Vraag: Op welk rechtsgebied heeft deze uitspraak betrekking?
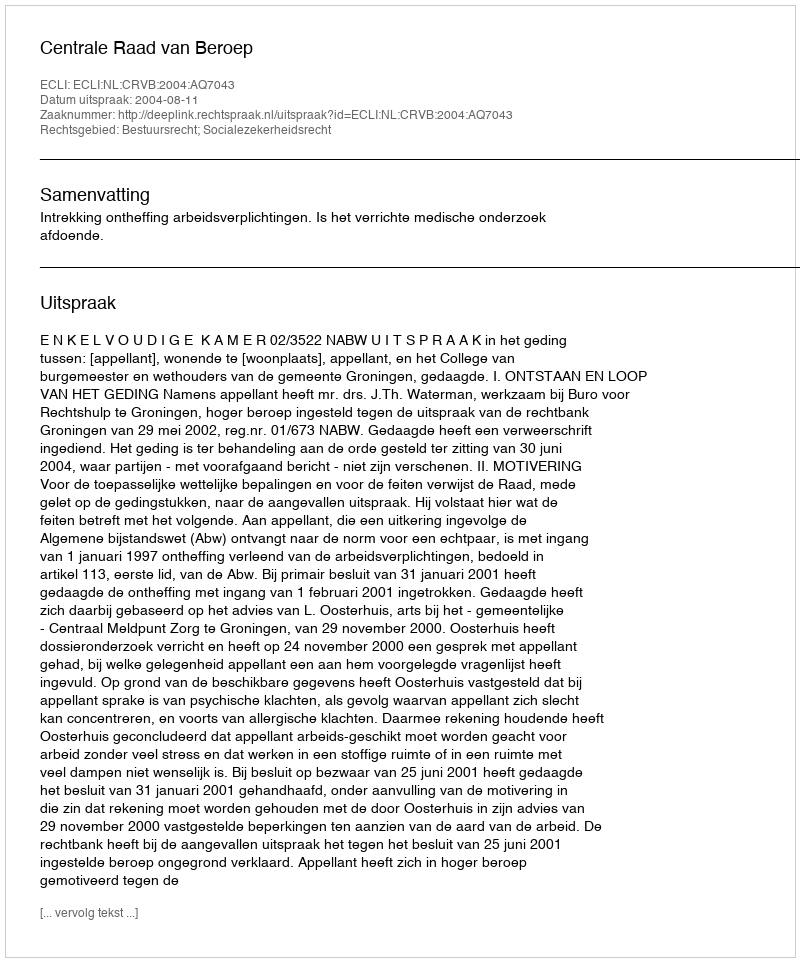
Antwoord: Bestuursrecht; Socialezekerheidsrecht